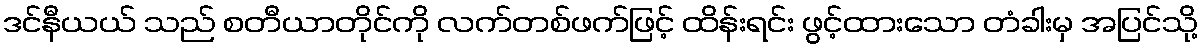
ဒင်နီယယ် သည် စတီယာတိုင်ကို လက်တစ်ဖက်ဖြင့် ထိန်းရင်း ဖွင့်ထားသော တံခါးမှ အပြင်သို့